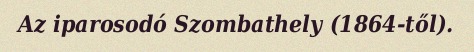
Az iparosodó Szombathely (1864-től).